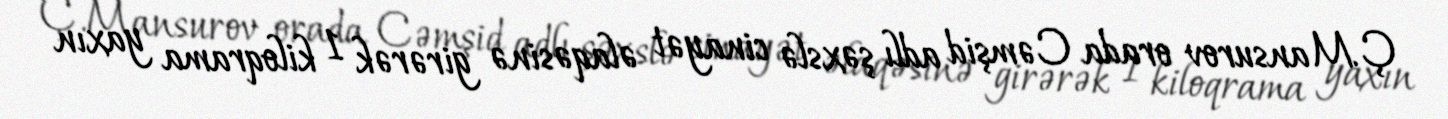
Ç.Mansurov orada Cəmşid adlı şəxslə cinayət əlaqəsinə girərək 1 kiloqrama yaxın